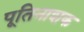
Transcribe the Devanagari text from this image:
पूतिनाशक